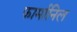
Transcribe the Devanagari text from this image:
फार्मानिल